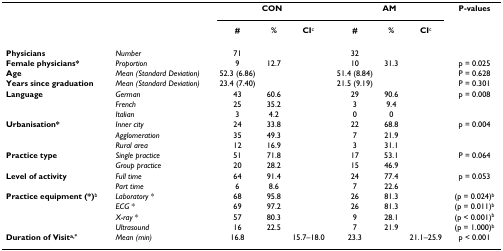
|  |  | <COLSPAN=3> CON | <COLSPAN=3> AM | P-values |
 |  |  | # | % | CIc | # | % | CIc |  |
 | --- | --- | --- | --- | --- | --- | --- | --- | --- |
 | Physicians | Number | 71 |  |  | 32 |  |  |  |
 | Female physicians* | Proportion | 9 | 12.7 |  | 10 | 31.3 |  | p = 0.025 |
 | Age | Mean (Standard Deviation) | 52.3 (6.86) |  |  | 51.4 (8.84) |  |  | P = 0.628 |
 | Years since graduation | Mean (Standard Deviation) | 23.4 (7.40) |  |  | 21.5 (9.19) |  |  | P = 0.301 |
 | Language | German | 43 | 60.6 |  | 29 | 90.6 |  | p = 0.008 |
 |  | French | 25 | 35.2 |  | 3 | 9.4 |  |  |
 |  | Italian | 3 | 4.2 |  | 0 | 0 |  |  |
 | Urbanisation* | Inner city | 24 | 33.8 |  | 22 | 68.8 |  | p = 0.004 |
 |  | Agglomeration | 35 | 49.3 |  | 7 | 21.9 |  |  |
 |  | Rural area | 12 | 16.9 |  | 3 | 31.1 |  |  |
 | Practice type | Single practice | 51 | 71.8 |  | 17 | 53.1 |  | P = 0.064 |
 |  | Group practice | 20 | 28.2 |  | 15 | 46.9 |  |  |
 | Level of activity | Full time | 64 | 91.4 |  | 24 | 77.4 |  | p = 0.053 |
 |  | Part time | 6 | 8.6 |  | 7 | 22.6 |  |  |
 | Practice equipment (*)b | Laboratory * | 68 | 95.8 |  | 26 | 81.3 |  | (p = 0.024)b |
 |  | ECG * | 69 | 97.2 |  | 26 | 81.3 |  | (p = 0.011)b |
 |  | X-ray * | 57 | 80.3 |  | 9 | 28.1 |  | (p < 0.001)b |
 |  | Ultrasound | 16 | 22.5 |  | 7 | 21.9 |  | (p = 1.000)b |
 | Duration of Visita,* | Mean (min) | 16.8 |  | 15.7–18.0 | 23.3 |  | 21.1–25.9 | p < 0.001 |